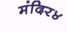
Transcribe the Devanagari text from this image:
मंदिर४